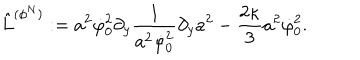
LaTeX: \hat { L } ^ { ( \phi ^ { N } ) } : = a ^ { 2 } \dot { \varphi } _ { 0 } ^ { 2 } \partial _ { y } { \frac { 1 } { a ^ { 2 } \dot { \varphi } _ { 0 } ^ { 2 } } } \partial _ { y } a ^ { 2 } - { \frac { 2 \kappa } { 3 } } a ^ { 2 } \dot { \varphi } _ { 0 } ^ { 2 } .